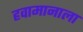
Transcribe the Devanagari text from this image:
हवामानाला